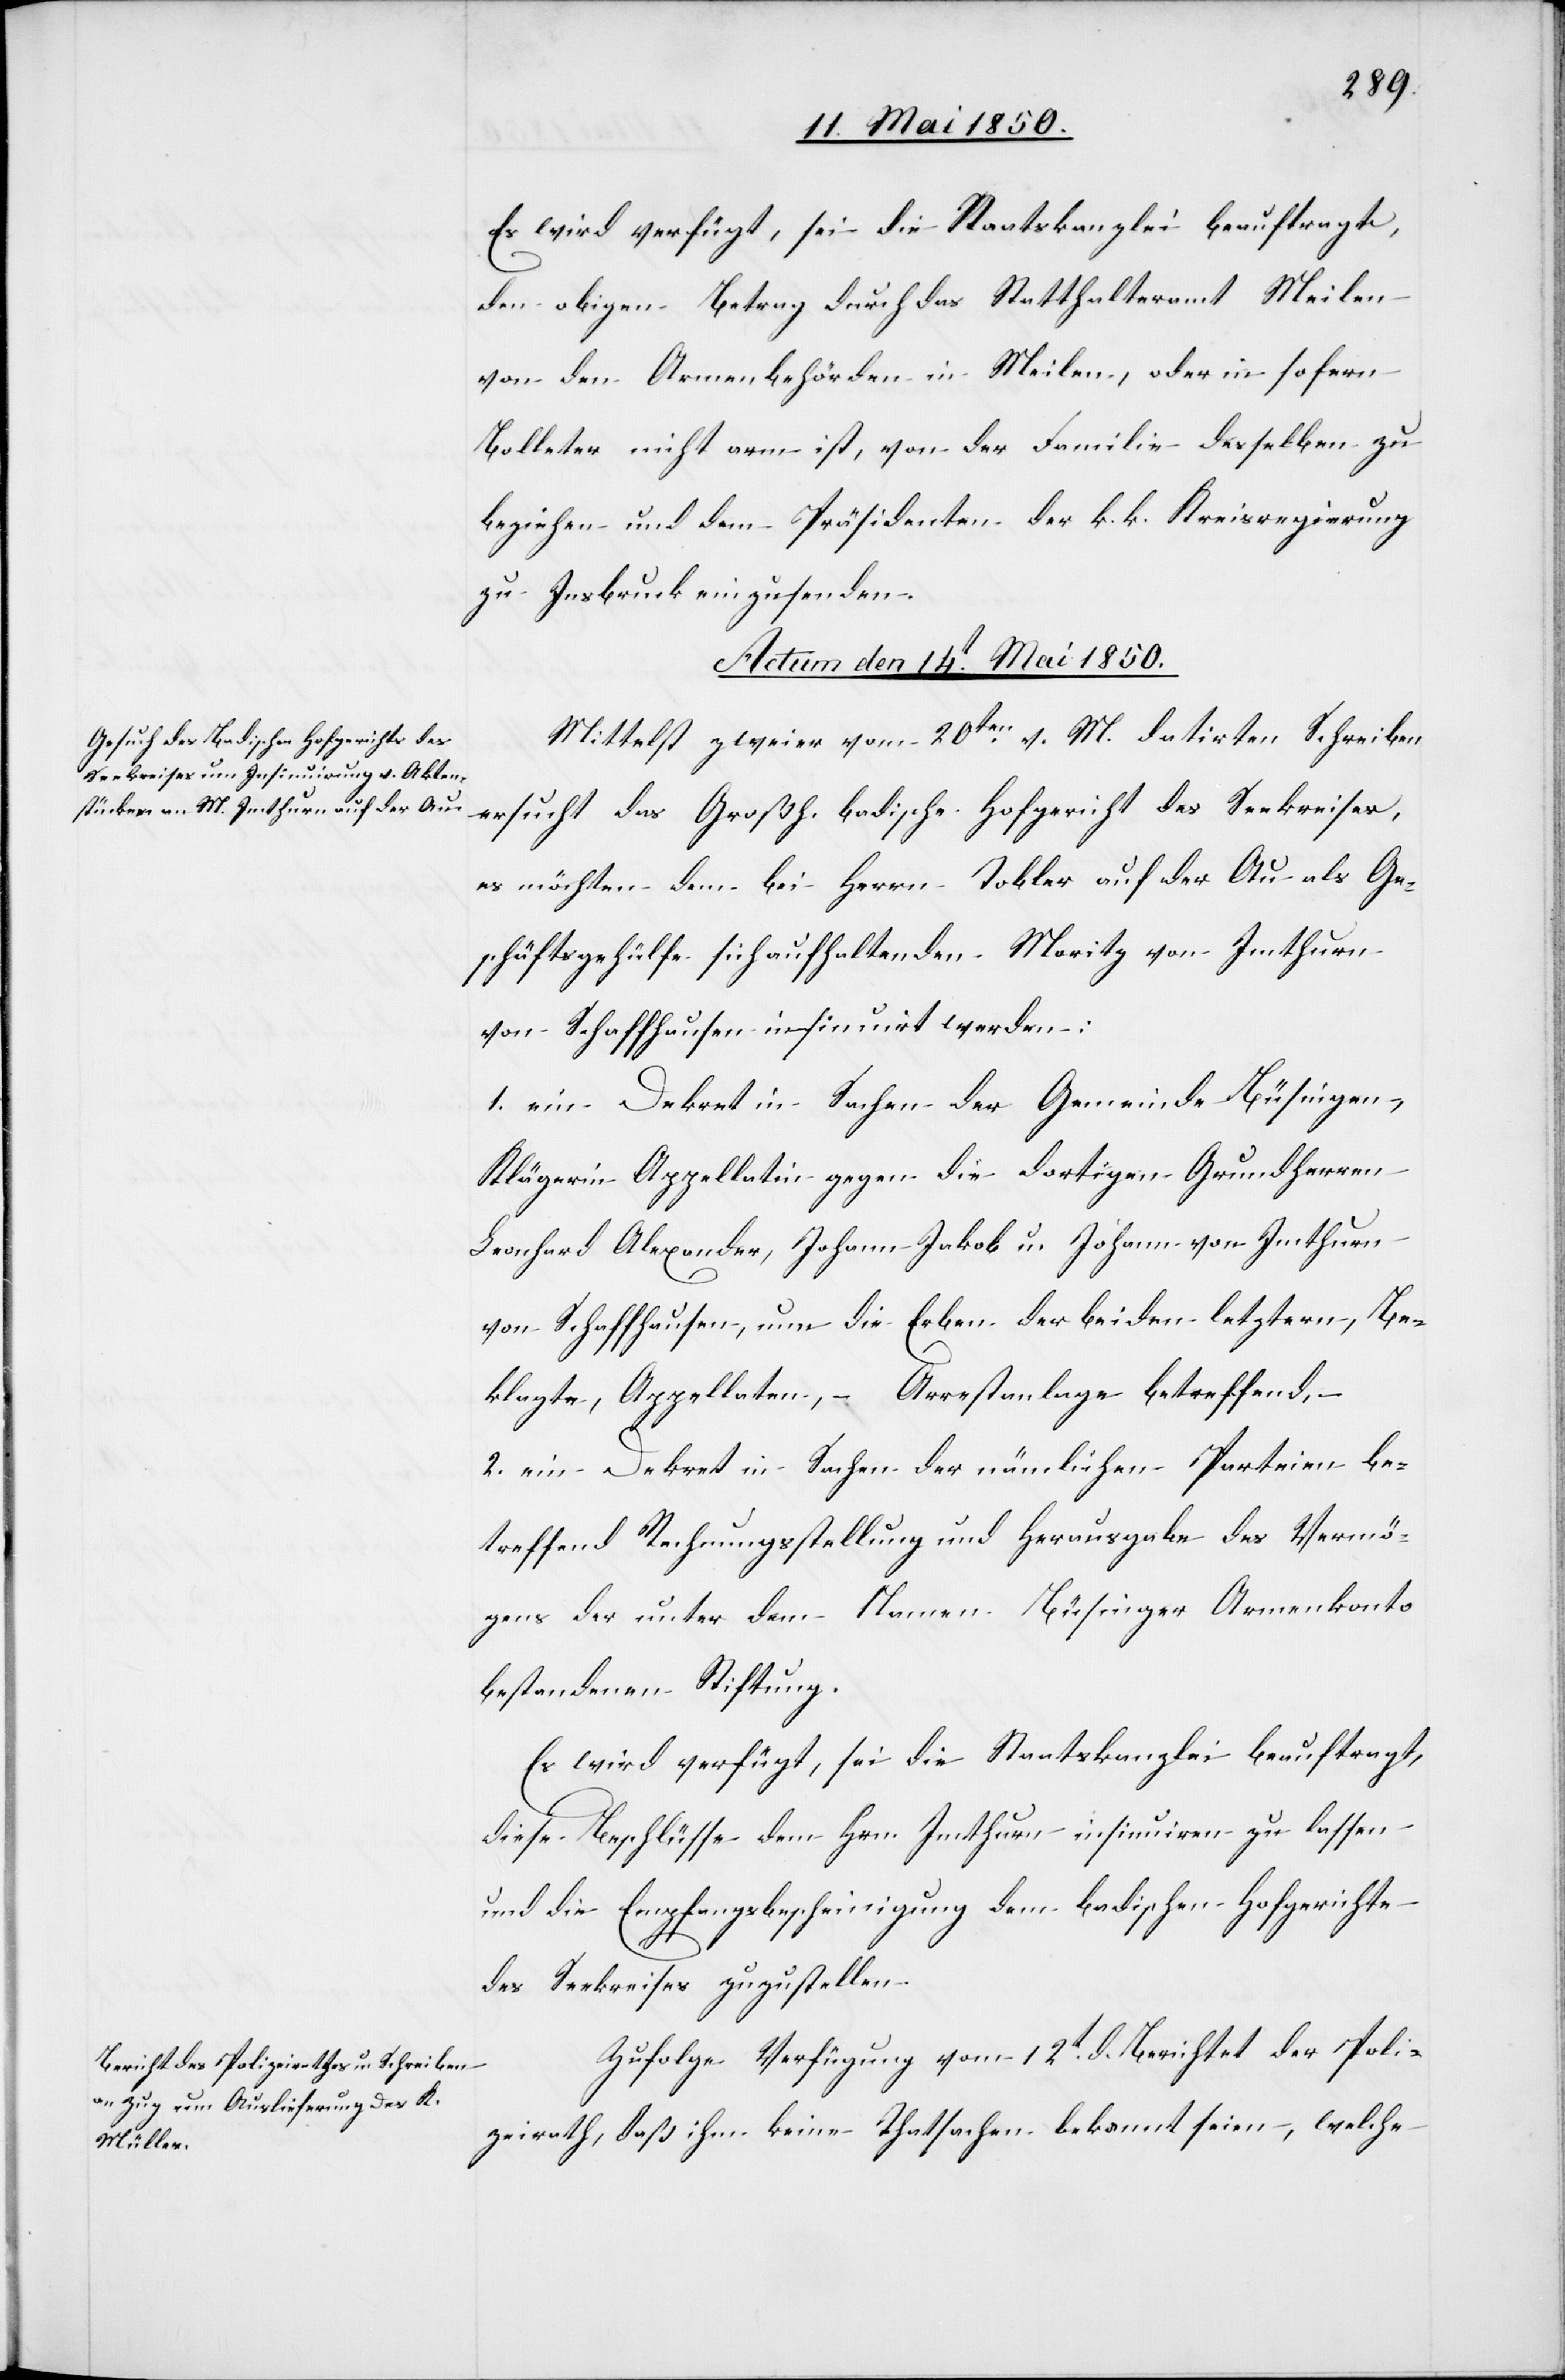
den obigen Betrag durch das Statthalteramt Meilen
von den Armenbehörden in Meilen, oder in sofern
Bolleter nicht arm ist, von der Familie desselben zu
beziehen und dem Präsidenten der k. k. Kreisregierung
zu Insbruck einzusenden.
Actum den 14t Mai 1850.]
Mittelst zweier vom 20ten v. M. datirten Schreiben
ersucht das Großh. badische Hofgericht des Seekreises,
es möchten dem bei Herrn Tobler auf der Au als Ge¬
schäftsgehülfe sich aufhaltenden Moritz von Imthurn
von Schaffhausen insinuirt werden:
1. ein Dekret in Sachen der Gemeinde Büsingen,
Klägerin Appellatin gegen die dortigen Grundherren
Leonhard Alexander, Johann Jakob u. Johann von Imthurn
von Schaffhausen, nun die Erben der beiden letztern, Be¬
klagte, Appellaten, – Arrestanlage betreffend,
2. ein Dekret in Sachen der nämlichen Parteien be¬
treffend Rechnungsstellung und Herausgabe des Vermö¬
gens der unter dem Namen Büsinger Armenkonto
bestandenen Stiftung.
Es wird verfügt, sei die Staatskanzlei beauftragt,
diese Beschlüsse dem Hrn. Imthurn insinuiren zu lassen
und die Empfangsbescheinigung dem badischen Hofgerichte
des Seekreises zuzustellen.
Zufolge Verfügung vom 12t d. Berichtet der Poli¬
zeirath, daß ihm keine Thatsachen bekannt seien, welche